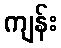
ကျန်း